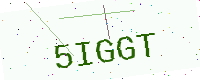
Text: 5IGGT